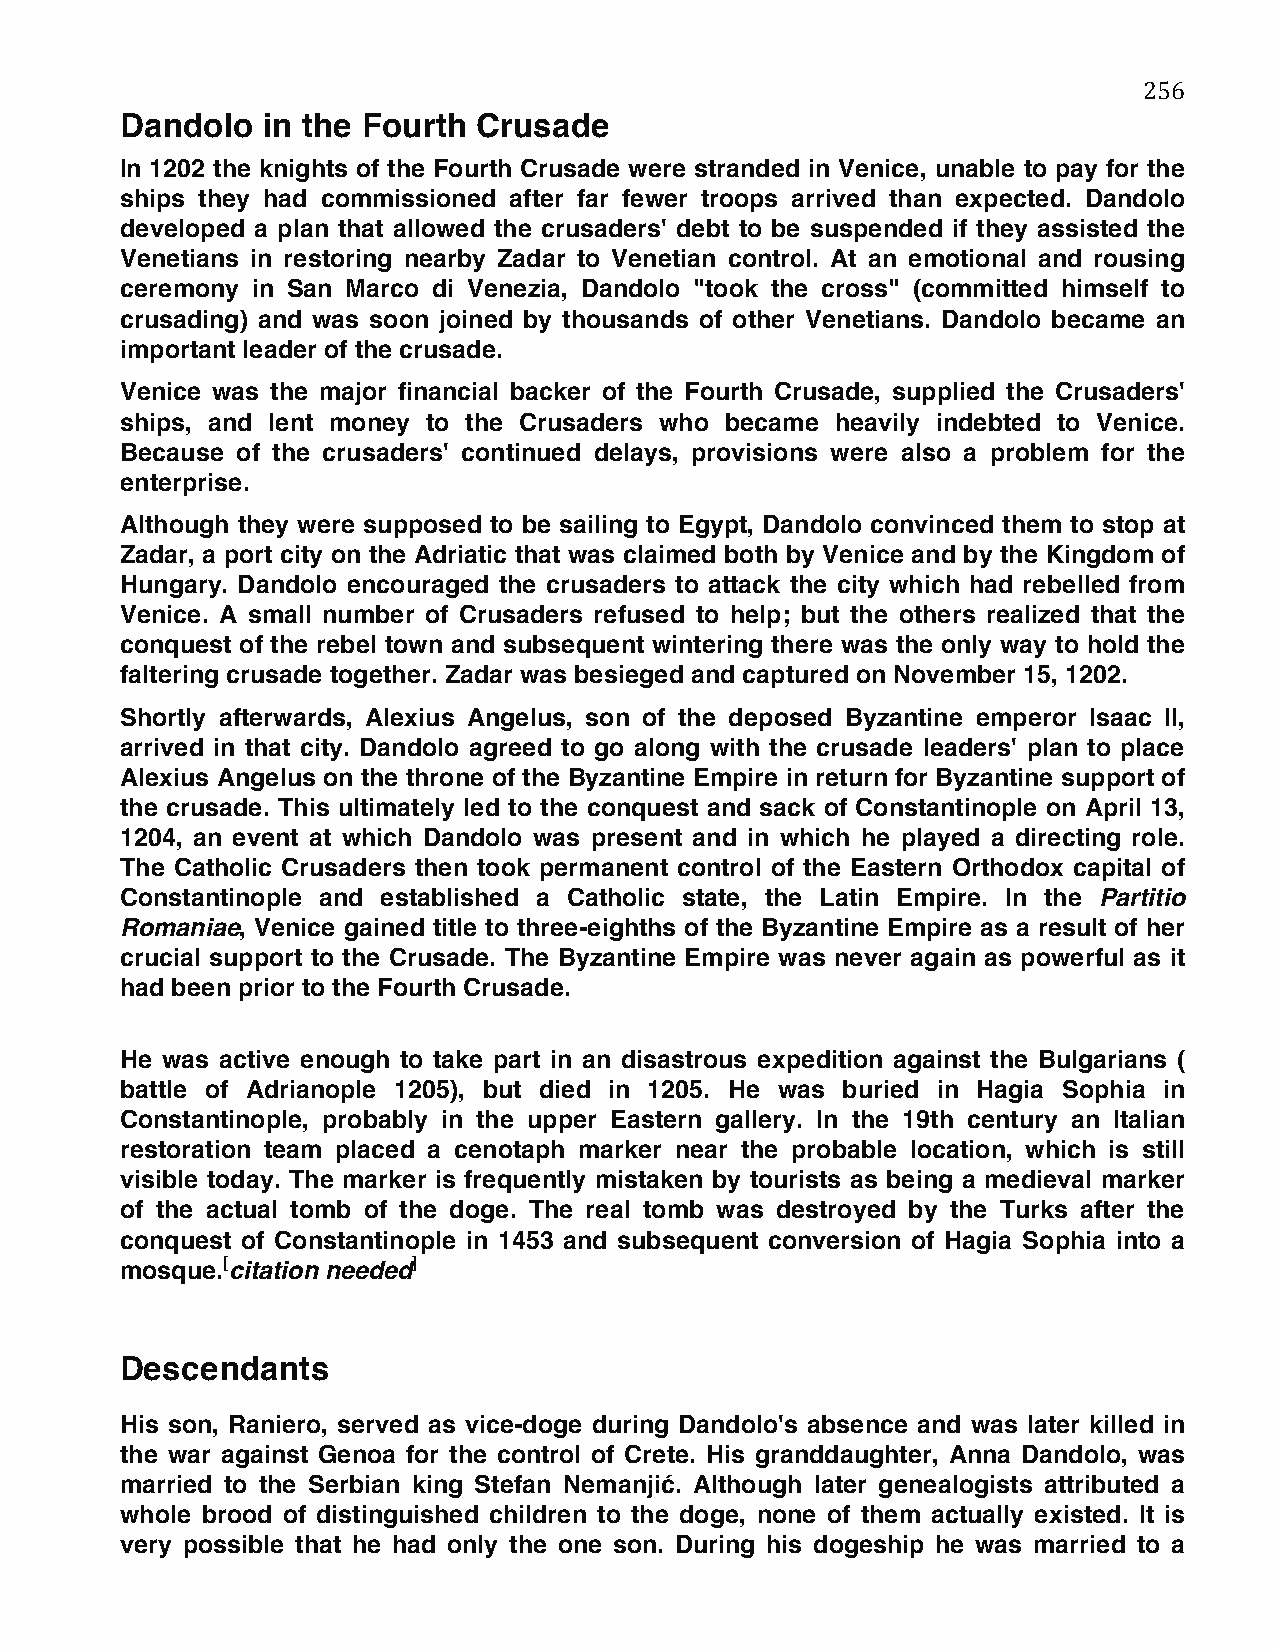
256
 Dandolo  in the Fourth  Crusade
 In 1202 the knights of the Fourth Crusade were stranded in Venice, unable to pay for the
 ships they had commissioned after far fewer troops arrived than expected. Dandolo
 developed a plan that allowed the crusaders' debt to be suspended if they assisted the
 Venetians in restoring nearby Zadar to Venetian control. At an emotional and rousing
 ceremony in San Marco di Venezia, Dandolo "took the cross" (committed himself to
 crusading) and was soon joined by thousands of other Venetians. Dandolo became an
 important leader of the crusade.
 Venice was the major financial backer of the Fourth Crusade, supplied the Crusaders'
 ships, and lent money to the Crusaders who became heavily indebted to Venice.
 Because of the crusaders' continued delays, provisions were also a problem for the
 enterprise.
 Although they were supposed to be sailing to Egypt, Dandolo convinced them to stop at
 Zadar, a port city on the Adriatic that was claimed both by Venice and by the Kingdom of
 Hungary. Dandolo encouraged the crusaders to attack the city which had rebelled from
 Venice. A small number of Crusaders refused to help; but the others realized that the
 conquest of the rebel town and subsequent wintering there was the only way to hold the
 faltering crusade together. Zadar was besieged and captured on November 15, 1202.
 Shortly afterwards, Alexius Angelus, son of the deposed Byzantine emperor Isaac II,
 arrived in that city. Dandolo agreed to go along with the crusade leaders' plan to place
 Alexius Angelus on the throne of the Byzantine Empire in return for Byzantine support of
 the crusade. This ultimately led to the conquest and sack of Constantinople on April 13,
 1204, an event at which Dandolo was present and in which he played a directing role.
 The Catholic Crusaders then took permanent control of the Eastern Orthodox capital of
 Constantinople and established a Catholic state, the Latin Empire. In the Partitio
 Romaniae, Venice gained title to three-eighths of the Byzantine Empire as a result of her
 crucial support to the Crusade. The Byzantine Empire was never again as powerful as it
 had been prior to the Fourth Crusade.
 He was active enough to take part in an disastrous expedition against the Bulgarians (
 battle of Adrianople 1205), but died in 1205. He was buried in Hagia Sophia in
 Constantinople, probably in the upper Eastern gallery. In the 19th century an Italian
 restoration team placed a cenotaph marker near the probable location, which is still
 visible today. The marker is frequently mistaken by tourists as being a medieval marker
 of the actual tomb of the doge. The real tomb was destroyed by the Turks after the
 conquest of Constantinople in 1453 and subsequent conversion of Hagia Sophia into a
 mosque.[citation needed]
 Descendants
 His son, Raniero, served as vice-doge during Dandolo's absence and was later killed in
 the war against Genoa for the control of Crete. His granddaughter, Anna Dandolo, was
 married to the Serbian king Stefan Nemanjić. Although later genealogists attributed a
 whole brood of distinguished children to the doge, none of them actually existed. It is
 very possible that he had only the one son. During his dogeship he was married to a